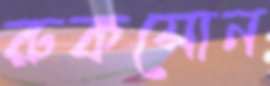
রুকসোন